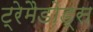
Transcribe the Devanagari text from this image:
ट्रेमैडोड्स